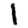
Digit: 1